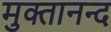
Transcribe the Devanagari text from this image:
मुक्तानन्द